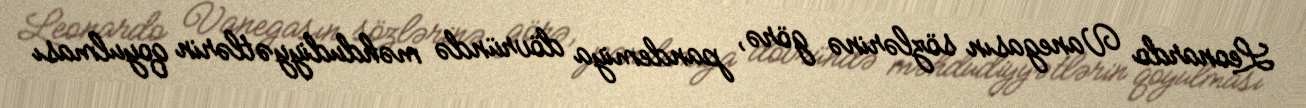
Leonardo Vanegasın sözlərinə görə, pandemiya dövründə məhdudiyyətlərin qoyulması